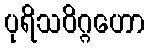
ပုရိသဝိဂ္ဂဟော